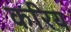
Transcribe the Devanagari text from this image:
करिय